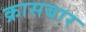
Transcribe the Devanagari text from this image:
क्रासबार